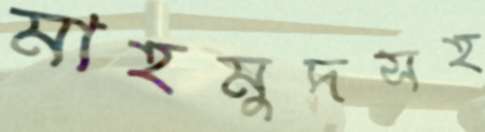
মাহমুদসহ